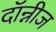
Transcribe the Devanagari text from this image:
दॉन्नीज